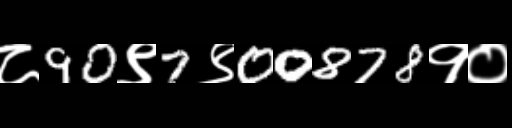
Text: ८90९7९00878१०